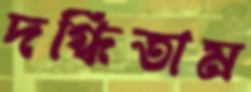
দগ্ধিতাম